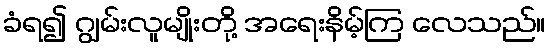
ခံရ၍ ဂျွမ်းလူမျိုးတို့ အရေးနိမ့်ကြ လေသည်။